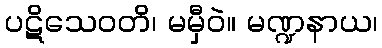
ပဋိသေဝတိ၊ မမှီဝဲ။ မဏ္ဍနာယ၊